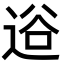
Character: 逧